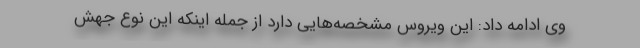
وی ادامه داد: این ویروس مشخصه‌هایی دارد از جمله اینکه این نوع جهش